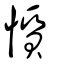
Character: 懫